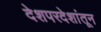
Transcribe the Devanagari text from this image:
देशपरदेशांतून